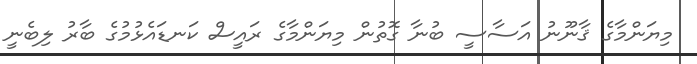
މިޔަންމާގެ ޤާނޫނު އަސާސީ ބުނާ ގޮތުން މިޔަންމާގެ ރައީސް ކަނޑައެޅުމުގެ ބާރު ލިބެނީ